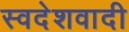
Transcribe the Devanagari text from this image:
स्वदेशवादी